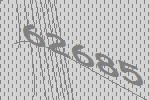
62685